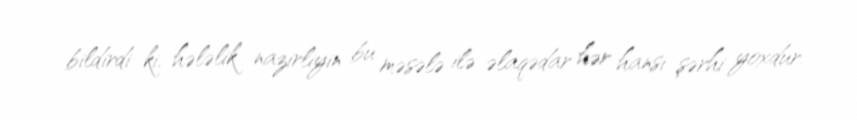
bildirdi ki, hələlik nazirliyin bu məsələ ilə əlaqədar hər hansı şərhi yoxdur.